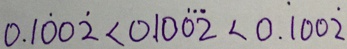
0 . 1 \dot { 0 } 0 \dot { 2 } < 0 . 1 0 \dot { 0 } \dot { 2 } < 0 . \dot { 1 } 0 0 \dot { 2 }